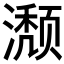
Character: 𬉏